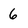
Character: 6